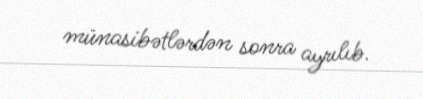
münasibətlərdən sonra ayrılıb.